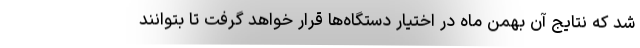
شد که نتایج آن بهمن ماه در اختیار دستگاه‌ها قرار خواهد گرفت تا بتوانند